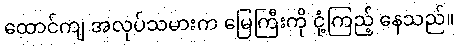
ထောင်ကျ အလုပ်သမားက မြေကြီးကို ငုံ့ကြည့် နေသည်။